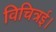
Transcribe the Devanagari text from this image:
विचित्रई।